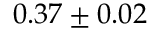
0 . 3 7 \pm 0 . 0 2